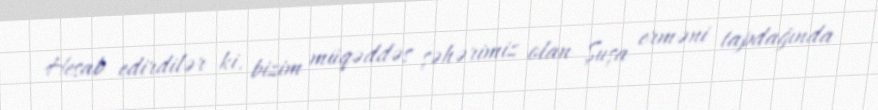
Hesab edirdilər ki, bizim müqəddəs şəhərimiz olan Şuşa erməni tapdağında